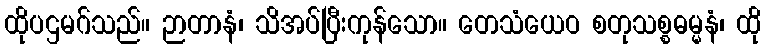
ထိုပဌမဂ်သည်။ ဉာတာနံ၊ သိအပ်ပြီးကုန်သော။ တေသံယေဝ စတုသစ္စဓမ္မနံ၊ ထို